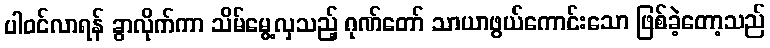
ပါဝင်လာရန် ခွာလိုက်ကာ သိမ်မွေ့လှသည့် ဂုဏ်တော် သာယာဖွယ်ကောင်းသော ဖြစ်ခဲ့တော့သည်